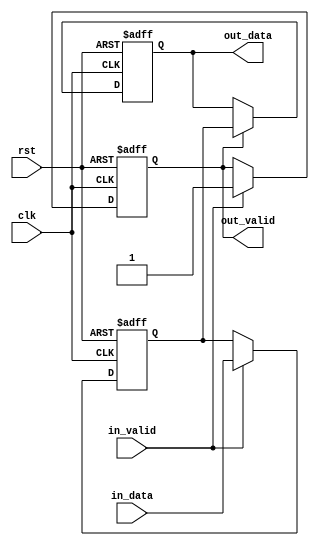
module Async_FIFO_Synchronizer #(parameter DATA_WIDTH = 8)(
input wire clk,
input wire rst,
input wire [DATA_WIDTH-1:0] in_data,
input wire in_valid,
output reg [DATA_WIDTH-1:0] out_data,
output reg out_valid
);

reg [DATA_WIDTH-1:0] sync_data;

always @(posedge clk or posedge rst) begin
 if (rst) begin
   sync_data <= 'b0;
   out_valid <= 1'b0;
 end else begin
    if (in_valid) begin
      sync_data <= in_data;
      out_valid <= 1'b1;
    end
 end
end

always @(posedge clk or posedge rst) begin
 if (rst) begin
   out_data <= 'b0;
 end else begin
    if (out_valid) begin
      out_data <= sync_data;
    end
 end
end

endmodule